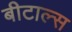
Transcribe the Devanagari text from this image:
बीटाल्स